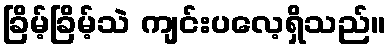
ခြိမ့်ခြိမ့်သဲ ကျင်းပလေ့ရှိသည်။